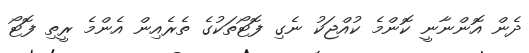
ދެން އޮންނާނީ ކޮންމެ ކުއްޖަކު ނެގި ފޮޓޯތަކުގެ ތެރެއިން އެންމެ ރީތި ފޮޓޯ